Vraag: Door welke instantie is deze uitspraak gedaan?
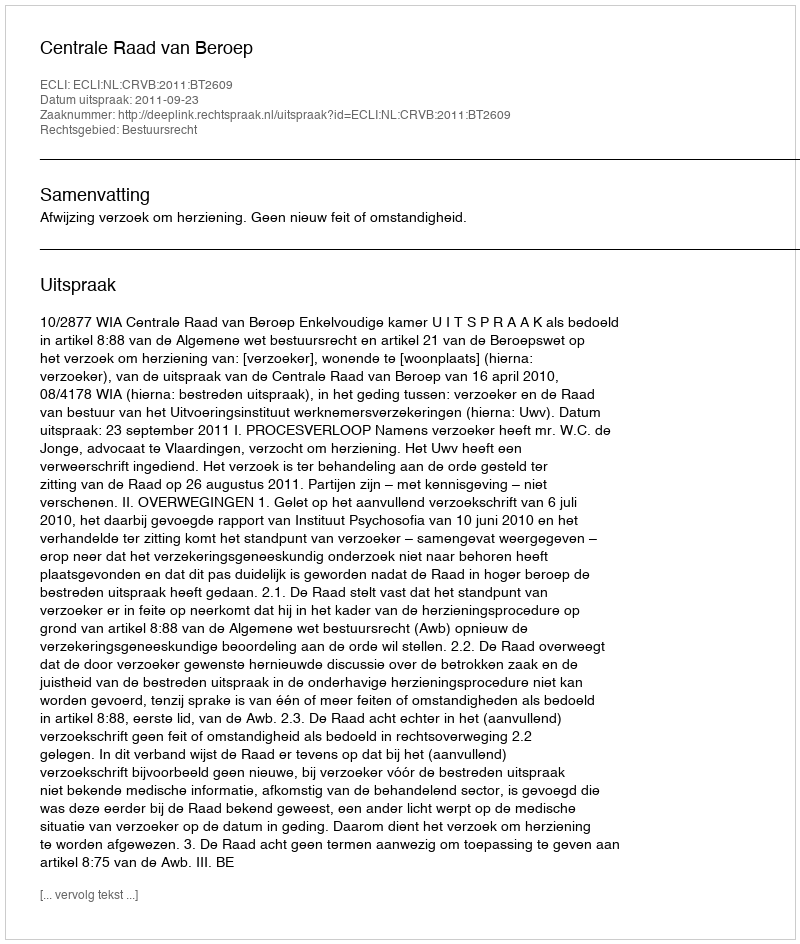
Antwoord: Centrale Raad van Beroep